Vabadussoja_Ajaloo_Komitee, lk 64
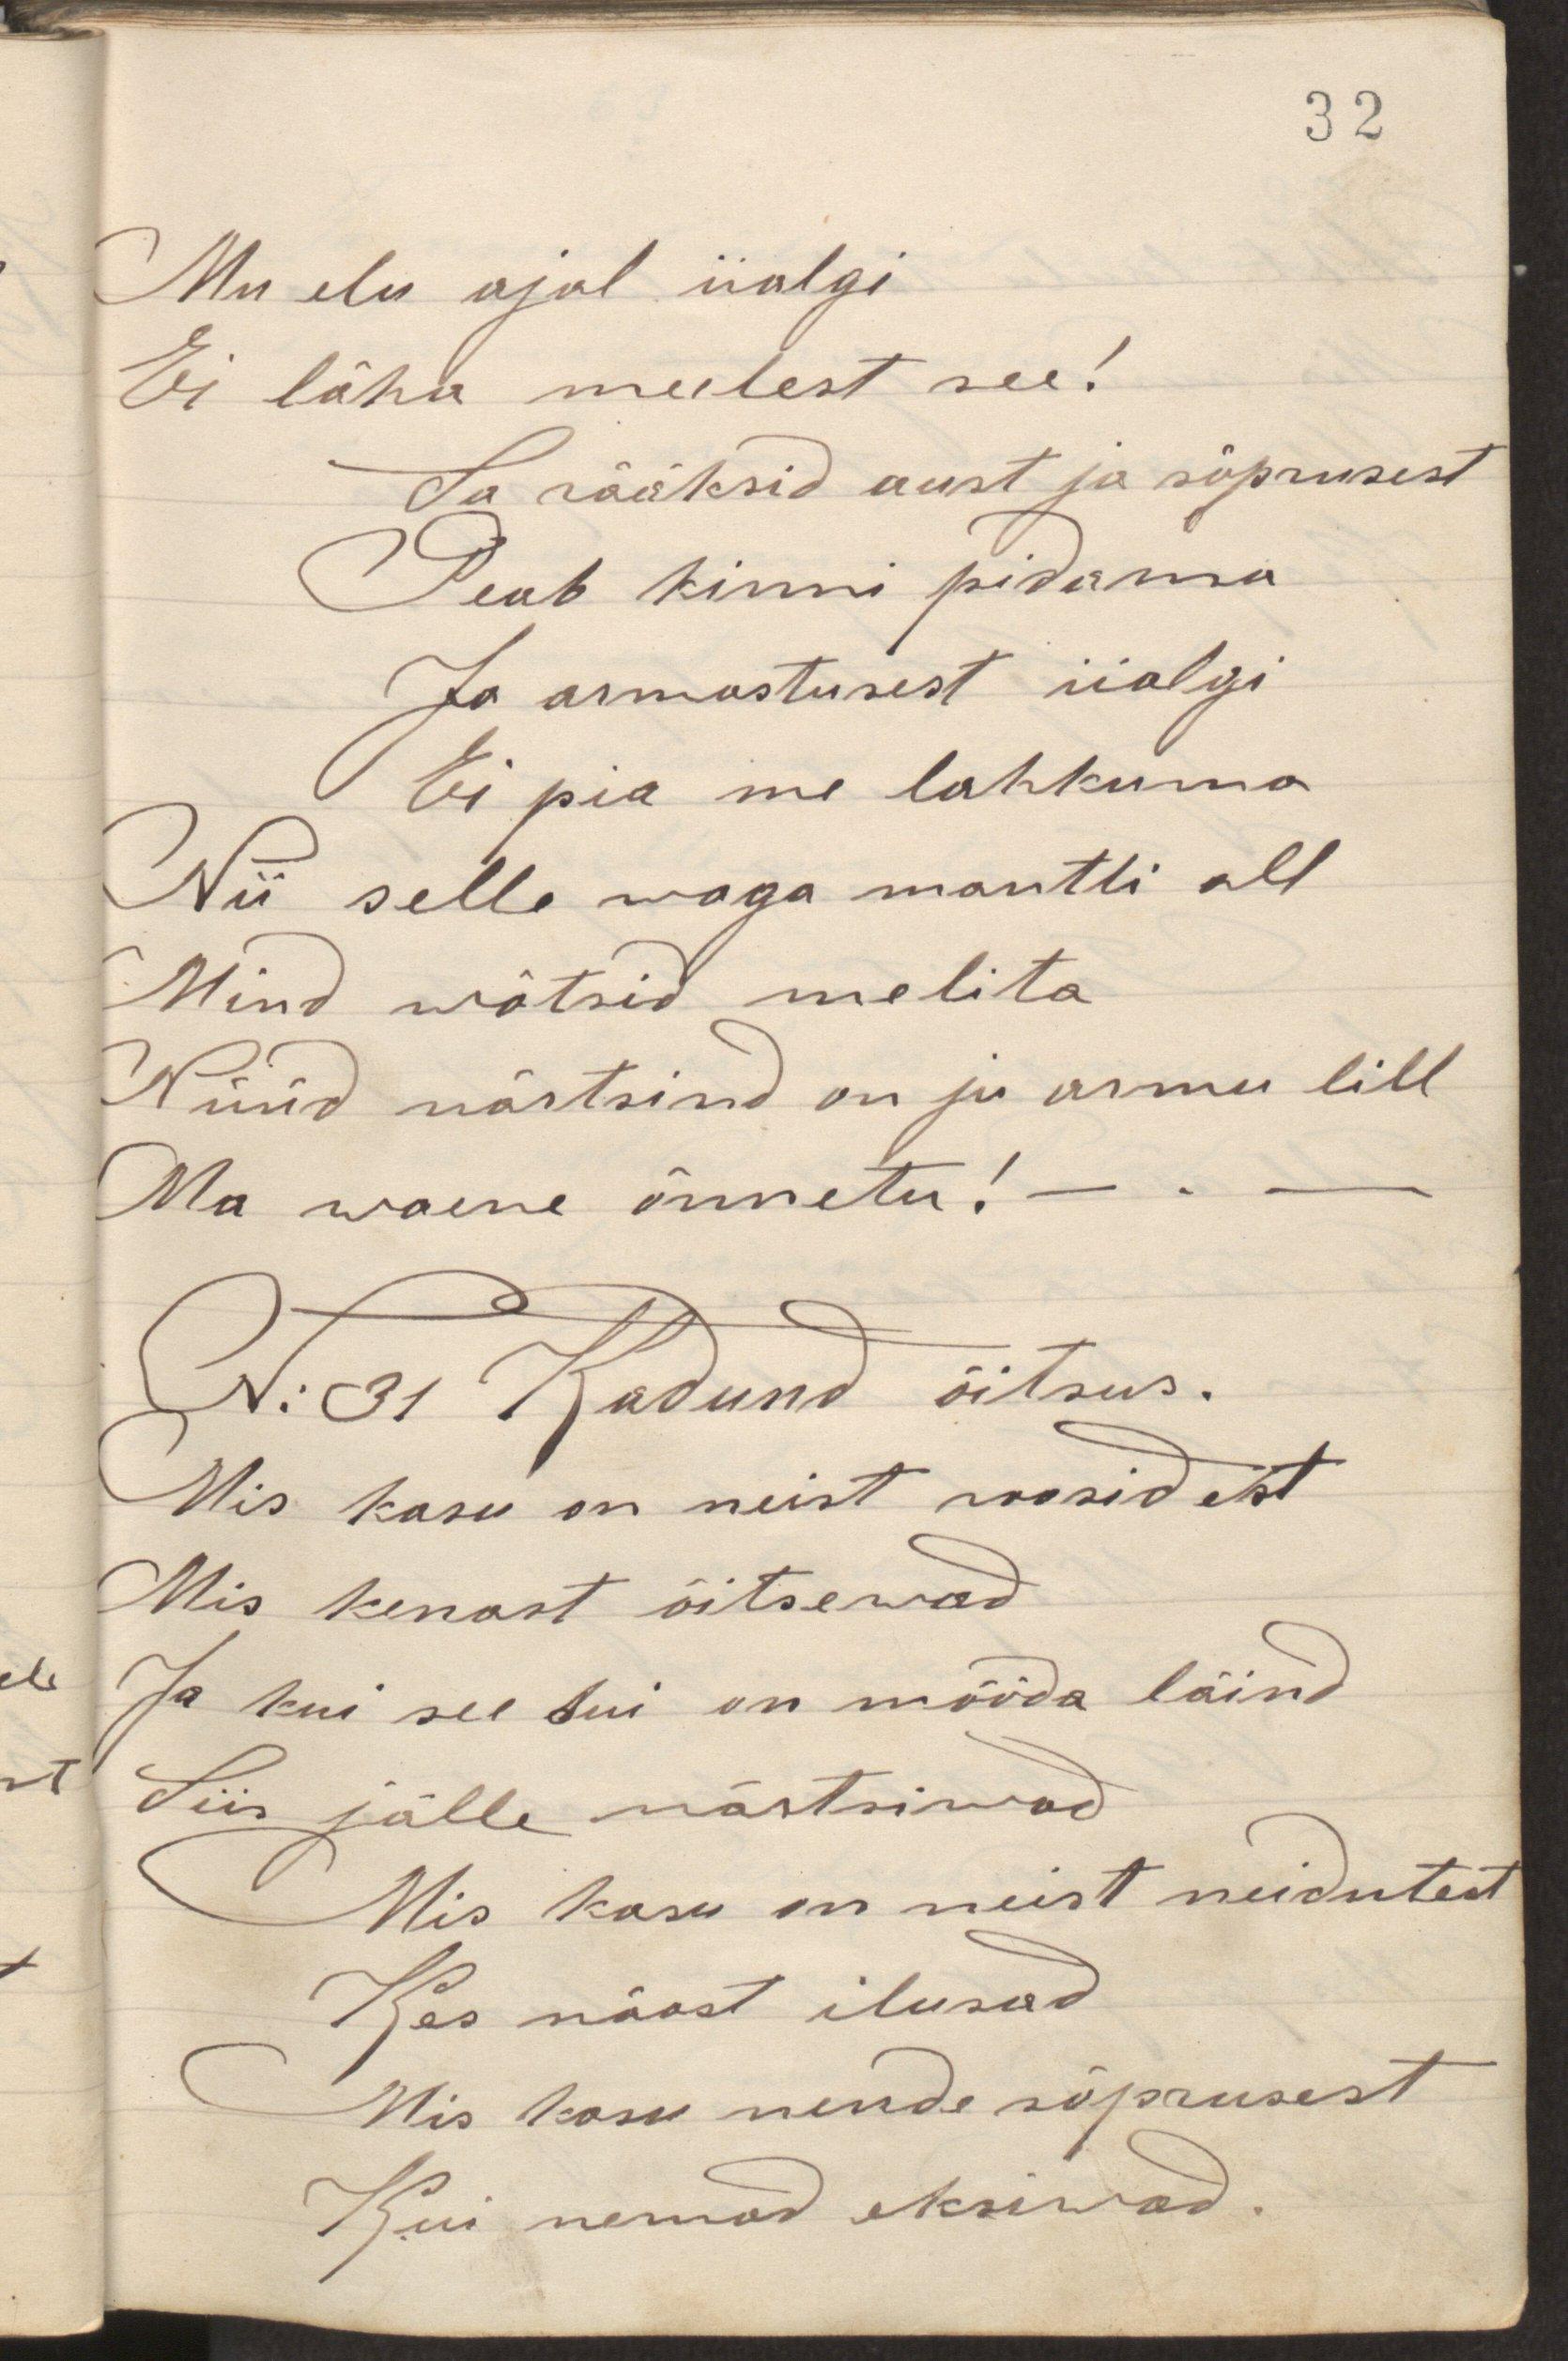
Mu elu ajal iialgi
Ei lähe meelest see!
Ja rääksid aust ja sõprusest
Peab kinni pidama
Ja armastusest iialgi
Ei pia me lahkuma
Nii selle waga mantli all
Mind wötsid melita
Nüüd närtsind on ju armu lill
Ma waene õnnetu!
N:31 Kadund õitsus
Mis kasu on neist roosidest
Mis kenast õitsewad
Ja kui see tui on mööda läind
Siis jälle närtsiwad
Mis kasu on neist neidutest
Kes näost ilusad
Mis kasu nende sõprusest
Kui nemad eksiwad